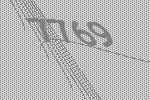
7769